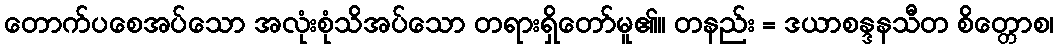
တောက်ပစေအပ်သော အလုံးစုံသိအပ်သော တရားရှိတော်မူ၏။ တနည်း = ဒယာစန္ဒနသီတ စိတ္တောစ၊